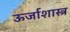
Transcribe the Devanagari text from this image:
ऊर्जाशास्त्र